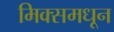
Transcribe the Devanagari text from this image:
मिक्समधून